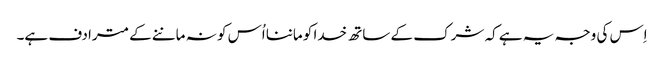
اِس کی وجہ یہ ہے کہ شرک کے ساتھ خدا کو ماننا اُس کو نہ ماننے کے مترادف ہے۔